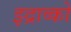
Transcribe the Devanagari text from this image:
झ्द्राव्को